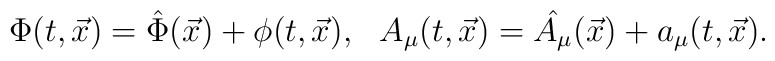
\Phi (t,\vec{x}) = \hat{\Phi} (\vec{x}) + \phi (t,\vec{x}), \:\:\:A_{\mu} (t,\vec{x}) = \hat{A_{\mu}} (\vec{x}) + a_{\mu} (t,\vec{x}).